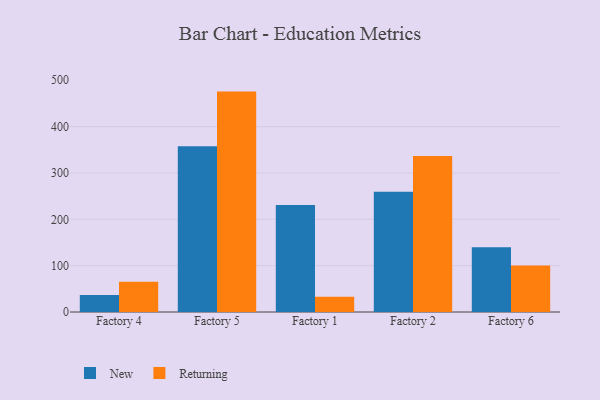
{"axis": {"x": "Factory", "y": "Satisfaction Score"}, "legend": ["New", "Returning"], "data": [{"x": "Factory 4", "y": 36.7, "type": "New"}, {"x": "Factory 4", "y": 65.1, "type": "Returning"}, {"x": "Factory 5", "y": 357.6, "type": "New"}, {"x": "Factory 5", "y": 475.5, "type": "Returning"}, {"x": "Factory 1", "y": 230.9, "type": "New"}, {"x": "Factory 1", "y": 33.0, "type": "Returning"}, {"x": "Factory 2", "y": 259.2, "type": "New"}, {"x": "Factory 2", "y": 336.5, "type": "Returning"}, {"x": "Factory 6", "y": 139.8, "type": "New"}, {"x": "Factory 6", "y": 100.5, "type": "Returning"}]}